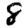
Digit: 8